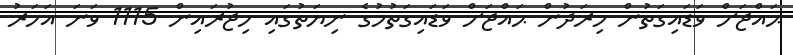
ޙައްޖަށް ވަޑައިގަތުން މިރަދުން ޙައްޖަށް ވަޑައިގަތުމުގެ ނިޔަތުގައި ހިޖުރައިން 1115 ވަނަ އަހަރު